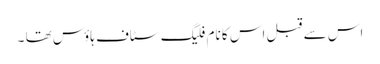
اس سے قبل اس کا نام فلیگ سٹاف ہاؤس تھا ۔